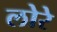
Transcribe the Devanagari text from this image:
लोरे